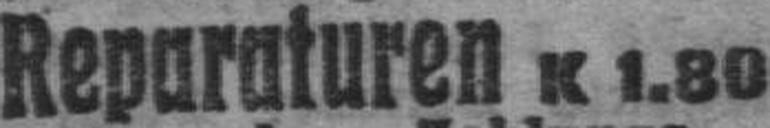
Reparaturen K 1.80